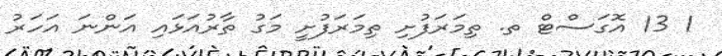
1 13 އޮގަސްޓް ތ. ތިމަރަފުށި ތިމަރަފުށީ މަގު ތާރުއަޅައި އަންނަ އަހަރު